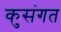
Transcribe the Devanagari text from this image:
कुसंगत